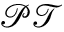
\mathcal { P T }